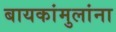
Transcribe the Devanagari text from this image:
बायकांमुलांना